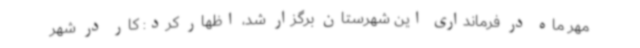
مهر ماه در فرمانداری این شهرستان برگزار شد، اظهار کرد: کار در شهر